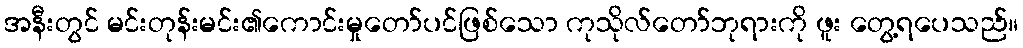
အနီးတွင် မင်းတုန်းမင်း၏ကောင်းမှုတော်ပင်ဖြစ်သော ကုသိုလ်တော်ဘုရားကို ဖူး တွေ့ရပေသည်။